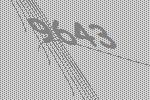
9643